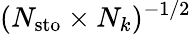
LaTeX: (N_{\mathrm{{sto}}}\times N_{k})^{-1/2}